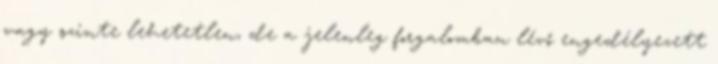
vagy szinte lehetetlen, de a jelenleg forgalomban lévő engedélyezett